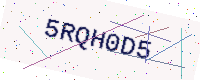
Text: 5RQH0D5